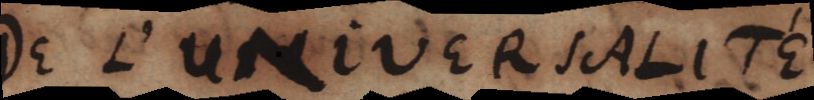
DE L’UNIVERSALITÉ